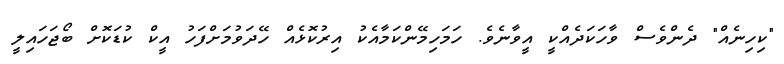
"ކިހިނެއް" ދެންވެސް ވާހަކަދެއްކީ އީވާނެވެ. ހަމަހިމޭންކަމާއެކު އިރުކޮޅެއް ހޭދަވުމަށްފަހު އީކް ކުޑަކޮށް ބޯޖަހައިލީ